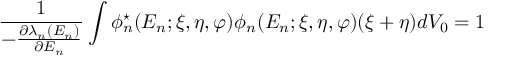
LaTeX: \frac { 1 } { - \frac { \partial \lambda _ { n } ( E _ { n } ) } { \partial E _ { n } } } \int \phi _ { n } ^ { \star } ( E _ { n } ; \xi , \eta , \varphi ) \phi _ { n } ( E _ { n } ; \xi , \eta , \varphi ) ( \xi + \eta ) d V _ { 0 } = 1